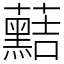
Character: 䕸